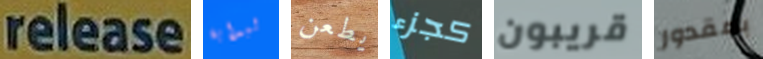
release لبداية يطعن كجزء قريبون بمقدور